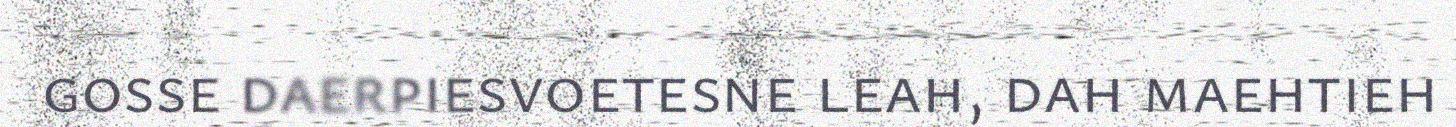
gosse daerpiesvoetesne leah, dah maehtieh